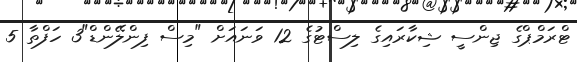
ޓްރަމްޕްގެ ޖިންސީ ޝިކާރައިގެ ލިސްޓުގެ 12 ވަނައަށް "މިސް ފިންލޭންޑް"3 ހަފްތާ 5